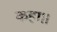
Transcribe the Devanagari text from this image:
कहा।।